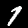
Label: 1